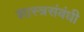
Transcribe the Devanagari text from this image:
शास्त्रसंबंधी